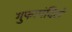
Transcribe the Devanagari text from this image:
गुफामंदिरों